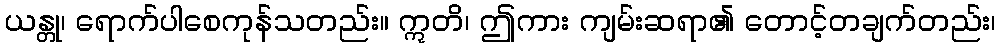
ယန္တု၊ ရောက်ပါစေကုန်သတည်း။ ဣတိ၊ ဤကား ကျမ်းဆရာ၏ တောင့်တချက်တည်း၊